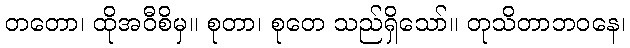
တတော၊ ထိုအဝီစိမှ။ စုတာ၊ စုတေ သည်ရှိသော်။ တုသိတာဘဝနေ၊